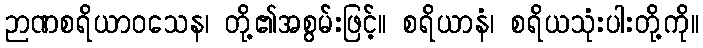
ဉာဏစရိယာဝသေန၊ တို့၏အစွမ်းဖြင့်။ စရိယာနံ၊ စရိယသုံးပါးတို့ကို။